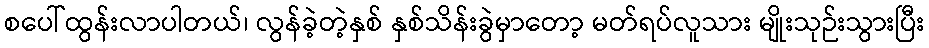
စပေါ်ထွန်းလာပါတယ်၊ လွန်ခဲ့တဲ့နှစ် နှစ်သိန်းခွဲမှာတော့ မတ်ရပ်လူသား မျိုးသုဉ်းသွားပြီး